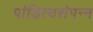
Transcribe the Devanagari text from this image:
पांडित्यसंपन्न